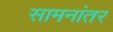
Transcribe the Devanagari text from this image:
सामनांतर